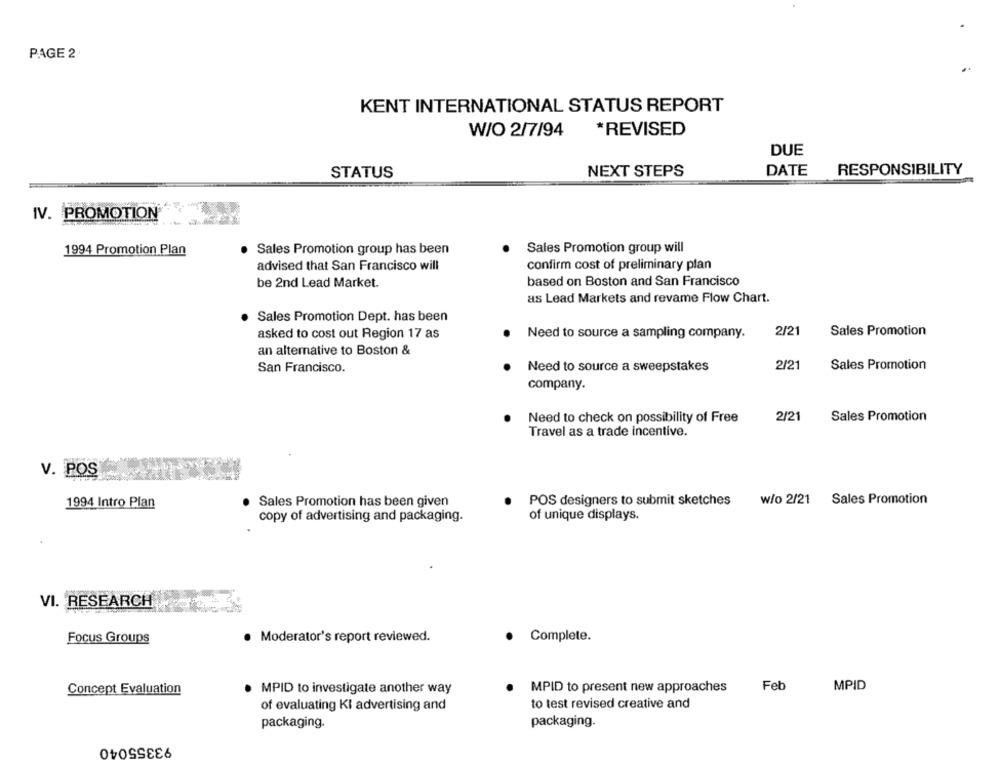
PAGE 2
KENT INTERNATIONAL STATUS REPORT
W/O 2/7/94
*REVISED
DUE
STATUS
NEXT STEPS
DATE
RESPONSIBILITY
IV. PROMOTION
1994 Promotion Plan
. Sales Promotion group has been
Sales Promotion group will
advised that San Francisco will
confirm cost of preliminary plan
be 2nd Lead Market.
based on Boston and San Francisco
as Lead Markets and revame Flow Chart.
Sales Promotion Dept. has been
asked to cost out Region 17 as
Need to source a sampling company.
2/21
Sales Promotion
an alternative to Boston &
Need to source a sweepstakes
2/21
Sales Promotion
San Francisco.
company.
Need to check on possibility of Free
2/21
Sales Promotion
Travel as a trade incentive.
V. POS
1994 Intro Plan
Sales Promotion has been given
POS designers to submit sketches
w/o 2/21 Sales Promotion
copy of advertising and packaging.
of unique displays.
VI. RESEARCH
Focus Groups
· Moderator's report reviewed.
Complete.
MPID to present new approaches
Feb
MPID
Concept Evaluation
· MPID to investigate another way
to test revised creative and
of evaluating KI advertising and
packaging.
packaging.
93355040